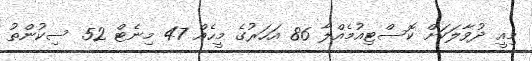
މިއީ ދުވާލަކަށް ކޮސްޓިއުމެއްލާ 86 އަހަރުގެ މީހެއް 47 މިނެޓް 52 ސިކުންތު